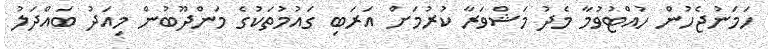
ހަމަނުޖެހުން ހުއްޓުވުމާ މެދު މަޝްވަރާ ކުރުމަށް އަރަބި ގައުމުތަކުގެ މަންދޫބުން މިއަދު ބައްދަލު